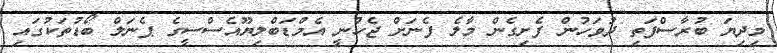
މިދިޔަ ބުރާސްފަތި ދުވަހުން ފެށިގެން މާލެ ފެނަށް ޖެހުނީ އެމްޑަބްލިޔޫއެސްސީގެ ޕެނަލް ބޯޑުތަކުގައި